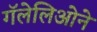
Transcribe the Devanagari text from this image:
गॅलेलिओने